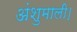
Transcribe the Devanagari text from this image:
अंशुमाली।